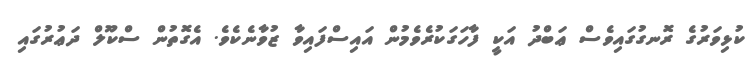
ކުޅިވަރުގެ ރޮނގުގައިވެސް ޢަބްދު އަކީ ފާހަގަކުރެވެމުން އައިސްފައިވާ ޒުވާނެކެވެ. އެގޮތުން ސްކޫލް ދަޢުރުގައި